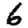
Digit: 6